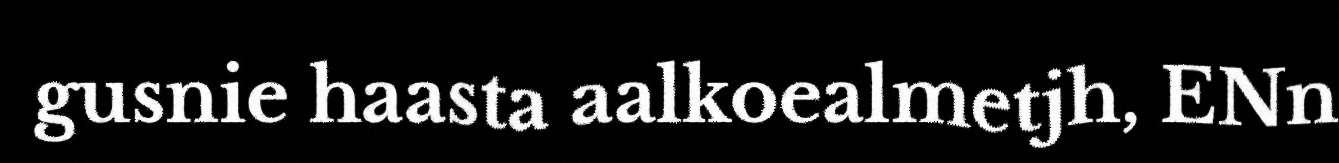
gusnie haasta aalkoealmetjh, ENn